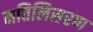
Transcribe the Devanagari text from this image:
मतिलिसरण